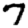
Digit: 7